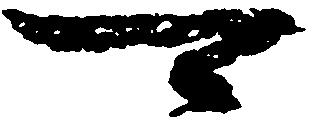
可